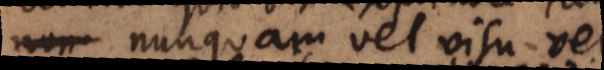
etsi nunquam vel visu vel